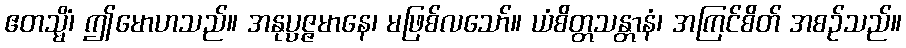
ဧတသ္မိံ၊ ဤမောဟသည်။ အနုပ္ပဇ္ဇမာနေ၊ မဖြစ်လသော်။ ယံစိတ္တသန္တာနံ၊ အကြင်စိတ် အစဉ်သည်။